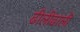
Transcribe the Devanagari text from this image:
ढीलीढाली